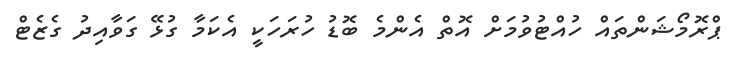
ޕްރޮމޯޝަންތައް ހުއްޓުވުމަށް އޮތް އެންމެ ބޮޑު ހުރަހަކީ އެކަމާ ގުޅޭ ގަވާއިދު ގެޒެޓް